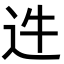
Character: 𨑴